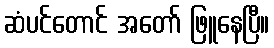
ဆံပင်တောင် အတော် ဖြူနေပြီ။